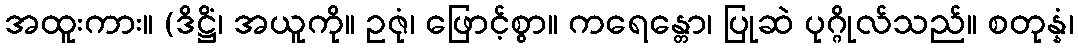
အထူးကား။ (ဒိဋ္ဌိံ၊ အယူကို။ ဥဇုံ၊ ဖြောင့်စွာ။ ကရေန္တော၊ ပြုဆဲ ပုဂ္ဂိုလ်သည်။ စတုန္နံ၊